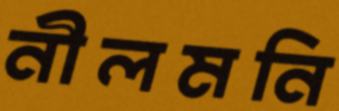
নীলমনি